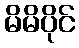
မိမိပိုင်